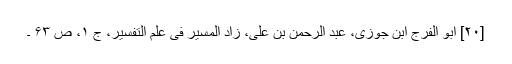
[۲۰] ابو الفرج ابن جوزی، عبد الرحمن بن علی، زاد المسیر فی علم التفسیر، ج ۱، ص ۶۳ ۔